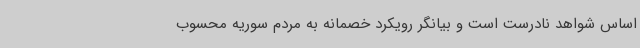
اساس شواهد نادرست است و بیانگر رویکرد خصمانه به مردم سوریه محسوب